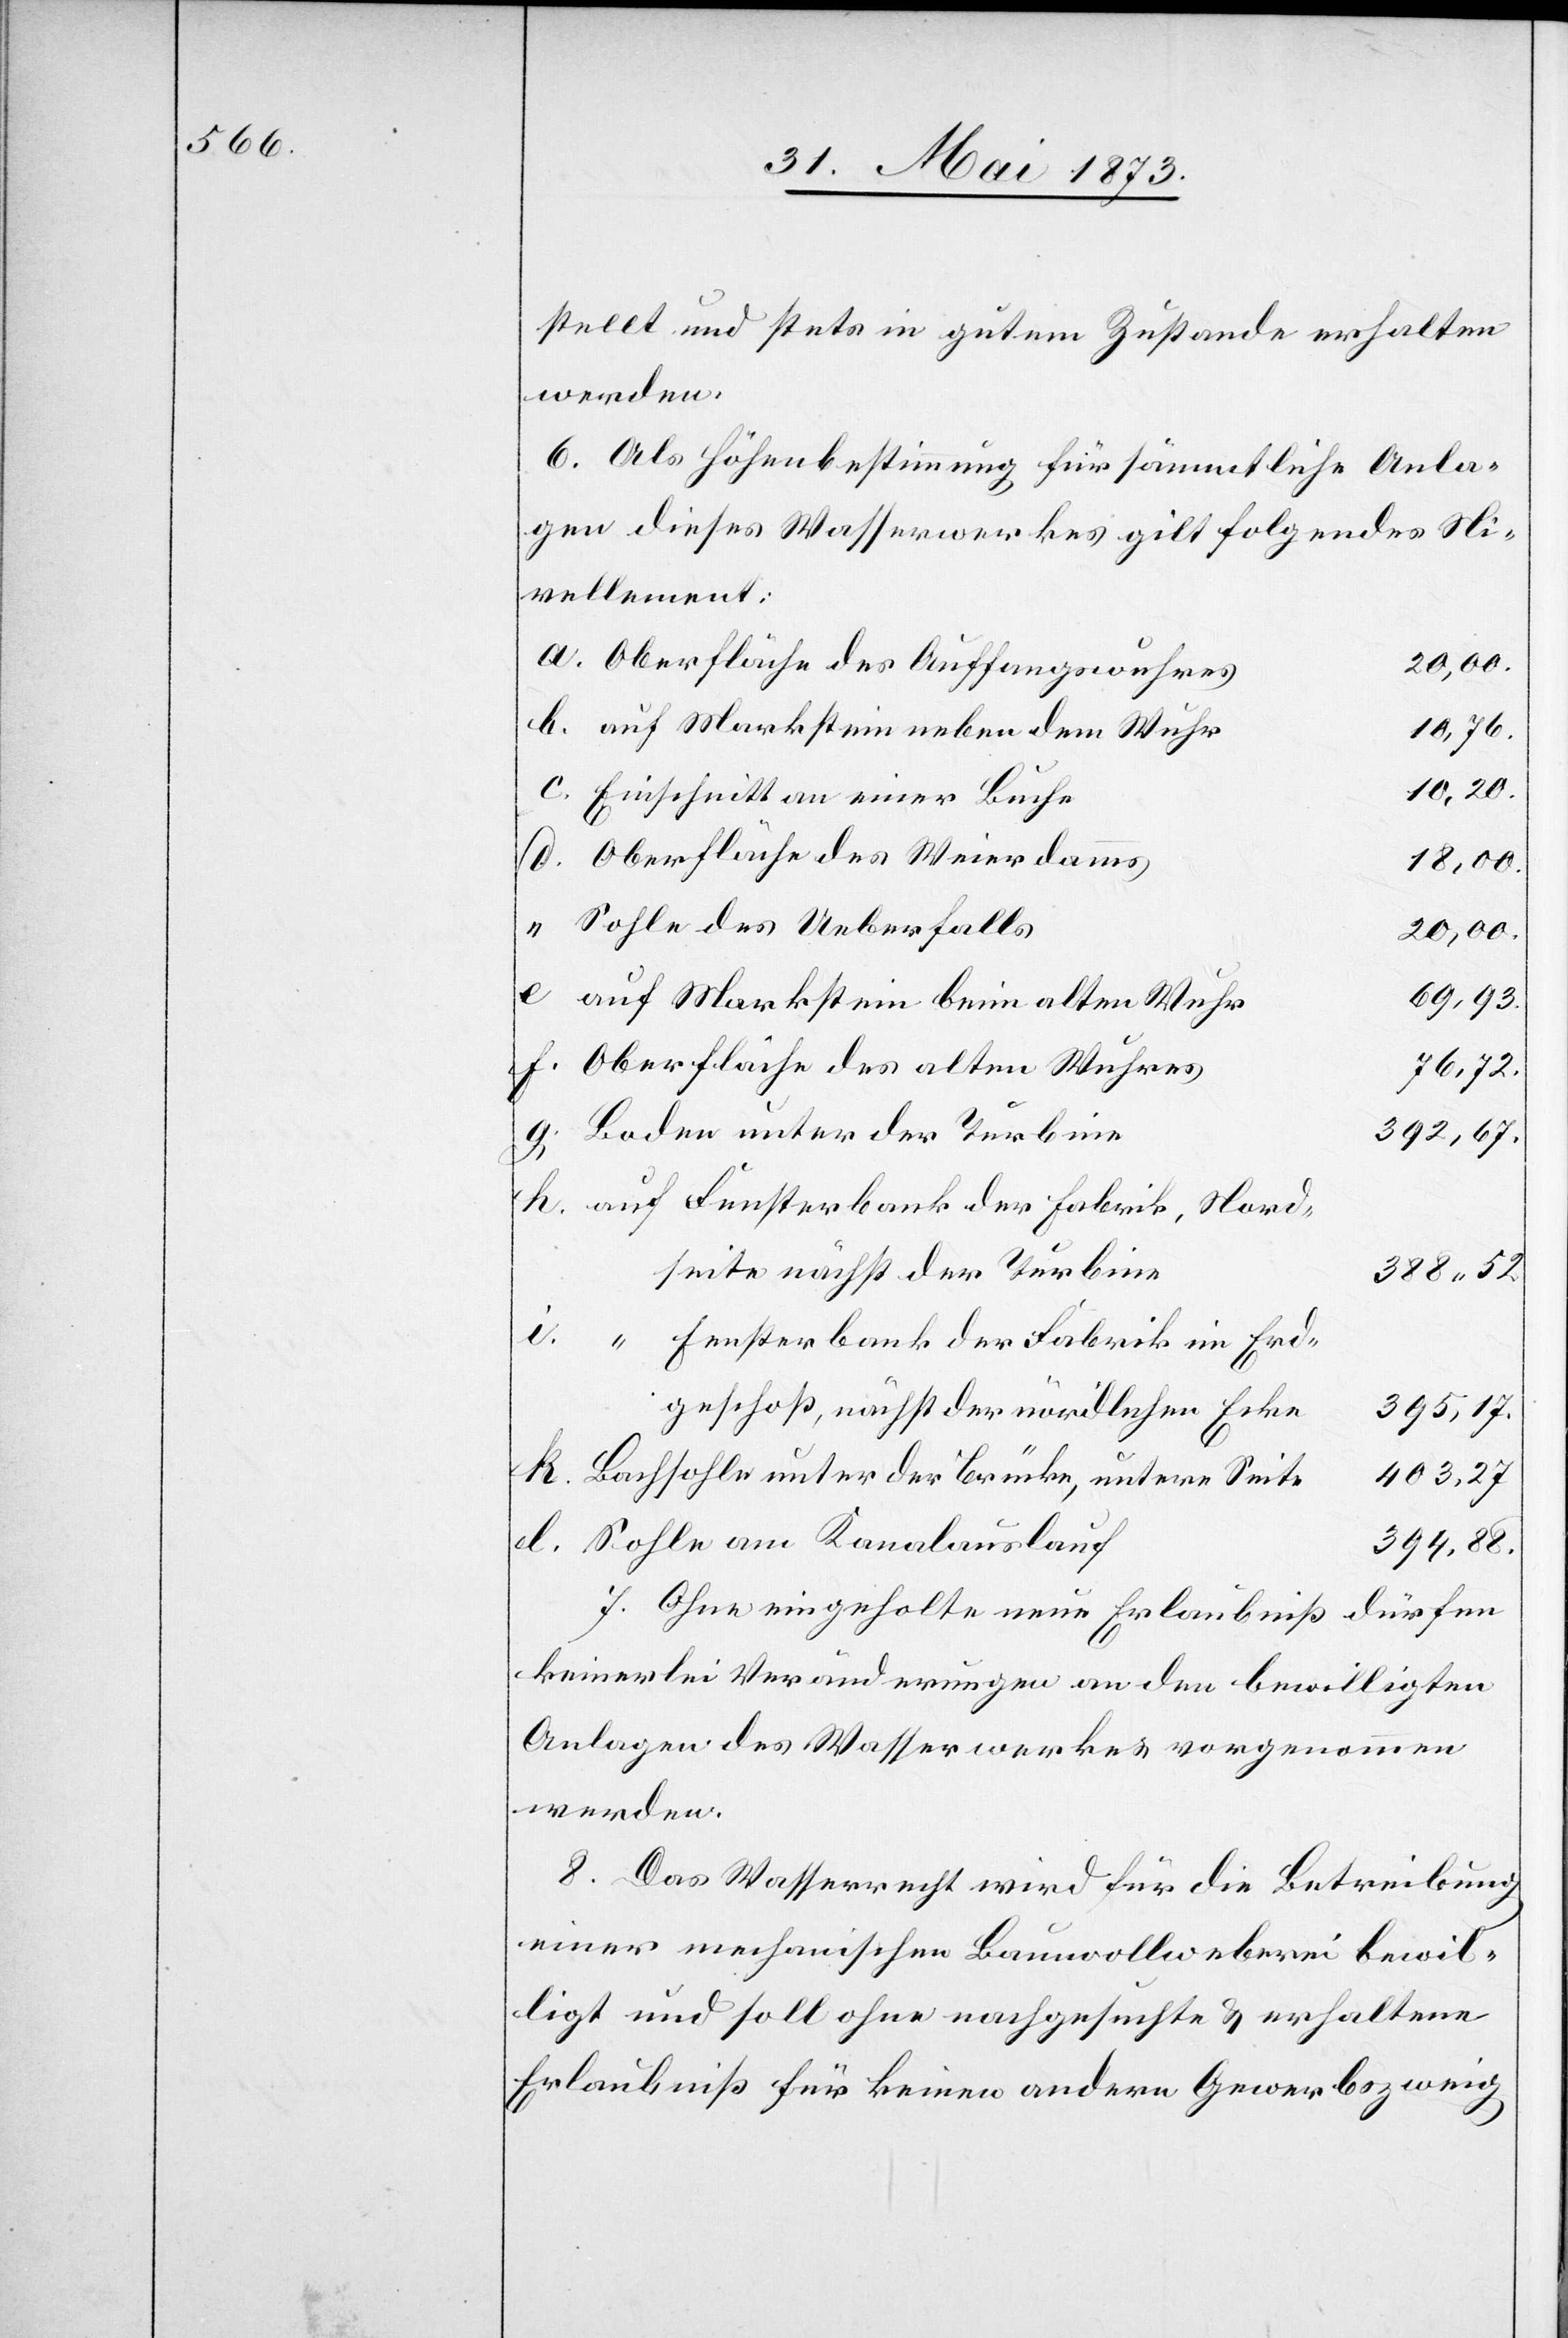
stellt und stets in gutem Zustande erha¬
werden.
6. Als Höhenbestimmung für sämmtliche An¬
gen dieses Wasserwerkes gilt folgendes
Nivellement:
a.
Oberfläche des Auffangswuhres
auf Markstein neben dem Wuhr
h.
Einschnitt an einer Buche
Oberfläche des Weierdamms
“
Sohle des Ueberfalls
auf Markstein beim alten Wuhr
Oberfläche des alten Wuhres
la¬
76,93.
Boden unter der Turbine
auf Fensterbank der Fabrik, Nord¬
seite nächst der Turbine
233 52
“ Fensterbank der Fabrik im Erd¬
geschoß, nächst der nördlichen Ecke
395,17.
Bachsohle unter der Brücke, untere Seite
403,27
Sohle am Kanalauslauf
394,88.
7. Ohne eingeholte neue Erlaubniß dürfen
keinerlei Veränderungen an den bewilligten
Anlagen des Wasserwerkes vorgenommen
werden.
8. Das Wasserrecht wird für die Betreibung
einer mechanischen Bau[m]wollweberei bewil¬
ligt und soll ohne nachgesuchte & erhaltene
Erlaubniß für keinen anderen Gewerbszweig